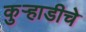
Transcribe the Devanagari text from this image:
कुऱ्हाडीचे